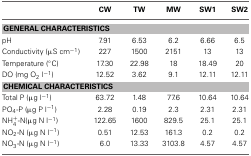
<table><thead><tr><td></td><td><b>CW</b></td><td><b>TW</b></td><td><b>MW</b></td><td><b>SW1</b></td><td><b>SW2</b></td></tr></thead><tbody><tr><td colspan="6"><b>GENERAL CHARACTERISTICS</b></td></tr><tr><td>pH</td><td>7.91</td><td>6.53</td><td>6.2</td><td>6.66</td><td>6.5</td></tr><tr><td>Conductivity (μS cm<sup>−1</sup>)</td><td>227</td><td>1500</td><td>2151</td><td>13</td><td>13</td></tr><tr><td>Temperature (°C)</td><td>17.30</td><td>22.98</td><td>18</td><td>18.49</td><td>20</td></tr><tr><td>DO (mg O<sub>2</sub> l<sup>−1</sup>)</td><td>12.52</td><td>3.62</td><td>9.1</td><td>12.11</td><td>12.11</td></tr><tr><td colspan="6"><b>CHEMICAL CHARACTERISTICS</b></td></tr><tr><td>Total P (μg l<sup>−1</sup>)</td><td>63.72</td><td>1.48</td><td>77.6</td><td>10.64</td><td>10.64</td></tr><tr><td>PO<sub>4</sub>-P (μg P l<sup>−1</sup>)</td><td>2.28</td><td>0.19</td><td>2.3</td><td>2.31</td><td>2.31</td></tr><tr><td>NH<sup>+</sup><sub>4</sub>-N(μg N l<sup>−1</sup>)</td><td>122.65</td><td>1600</td><td>829.5</td><td>25.1</td><td>25.1</td></tr><tr><td>NO<sub>2</sub>-N (μg N l<sup>−1</sup>)</td><td>0.51</td><td>12.53</td><td>161.3</td><td>0.2</td><td>0.2</td></tr><tr><td>NO<sub>3</sub>-N (μg N l<sup>−1</sup>)</td><td>6.0</td><td>13.33</td><td>3103.8</td><td>4.57</td><td>4.57</td></tr></tbody></table>